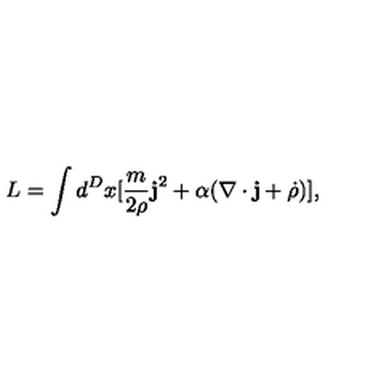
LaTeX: L = \int d ^ { D } x [ \frac { m } { 2 \rho } { \bf j } ^ { 2 } + \alpha ( \nabla \cdot { \bf j } + \dot { \rho } ) ] ,